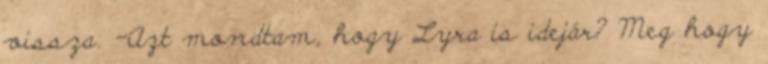
vissza. -Azt mondtam, hogy Lyra is idejár? Meg hogy